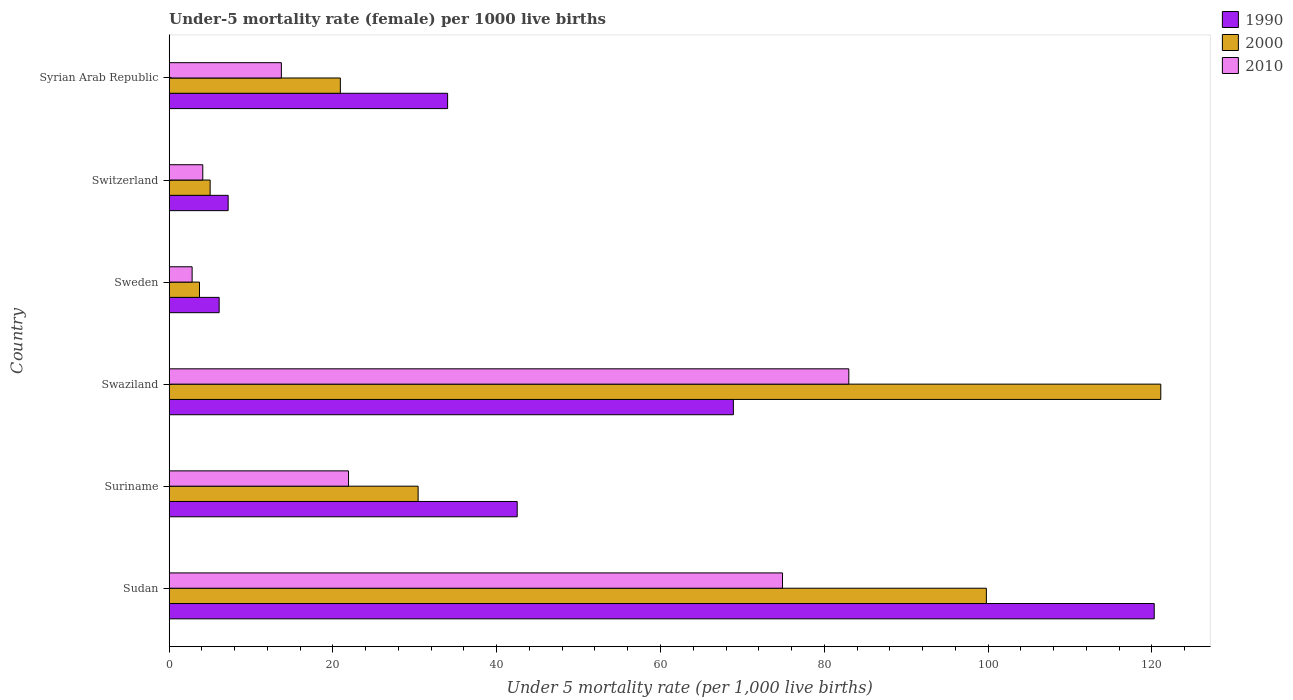
| Country | 1990 | 2000 | 2010 |
 | --- | --- | --- | --- |
 | Sudan | 120 | 99.8 | 74.9 |
 | Suriname | 42.5 | 30.4 | 21.9 |
 | Swaziland | 68.9 | 121 | 83 |
 | Sweden | 6.1 | 3.7 | 2.8 |
 | Switzerland | 7.2 | 5 | 4.1 |
 | Syrian Arab Republic | 34 | 20.9 | 13.7 |